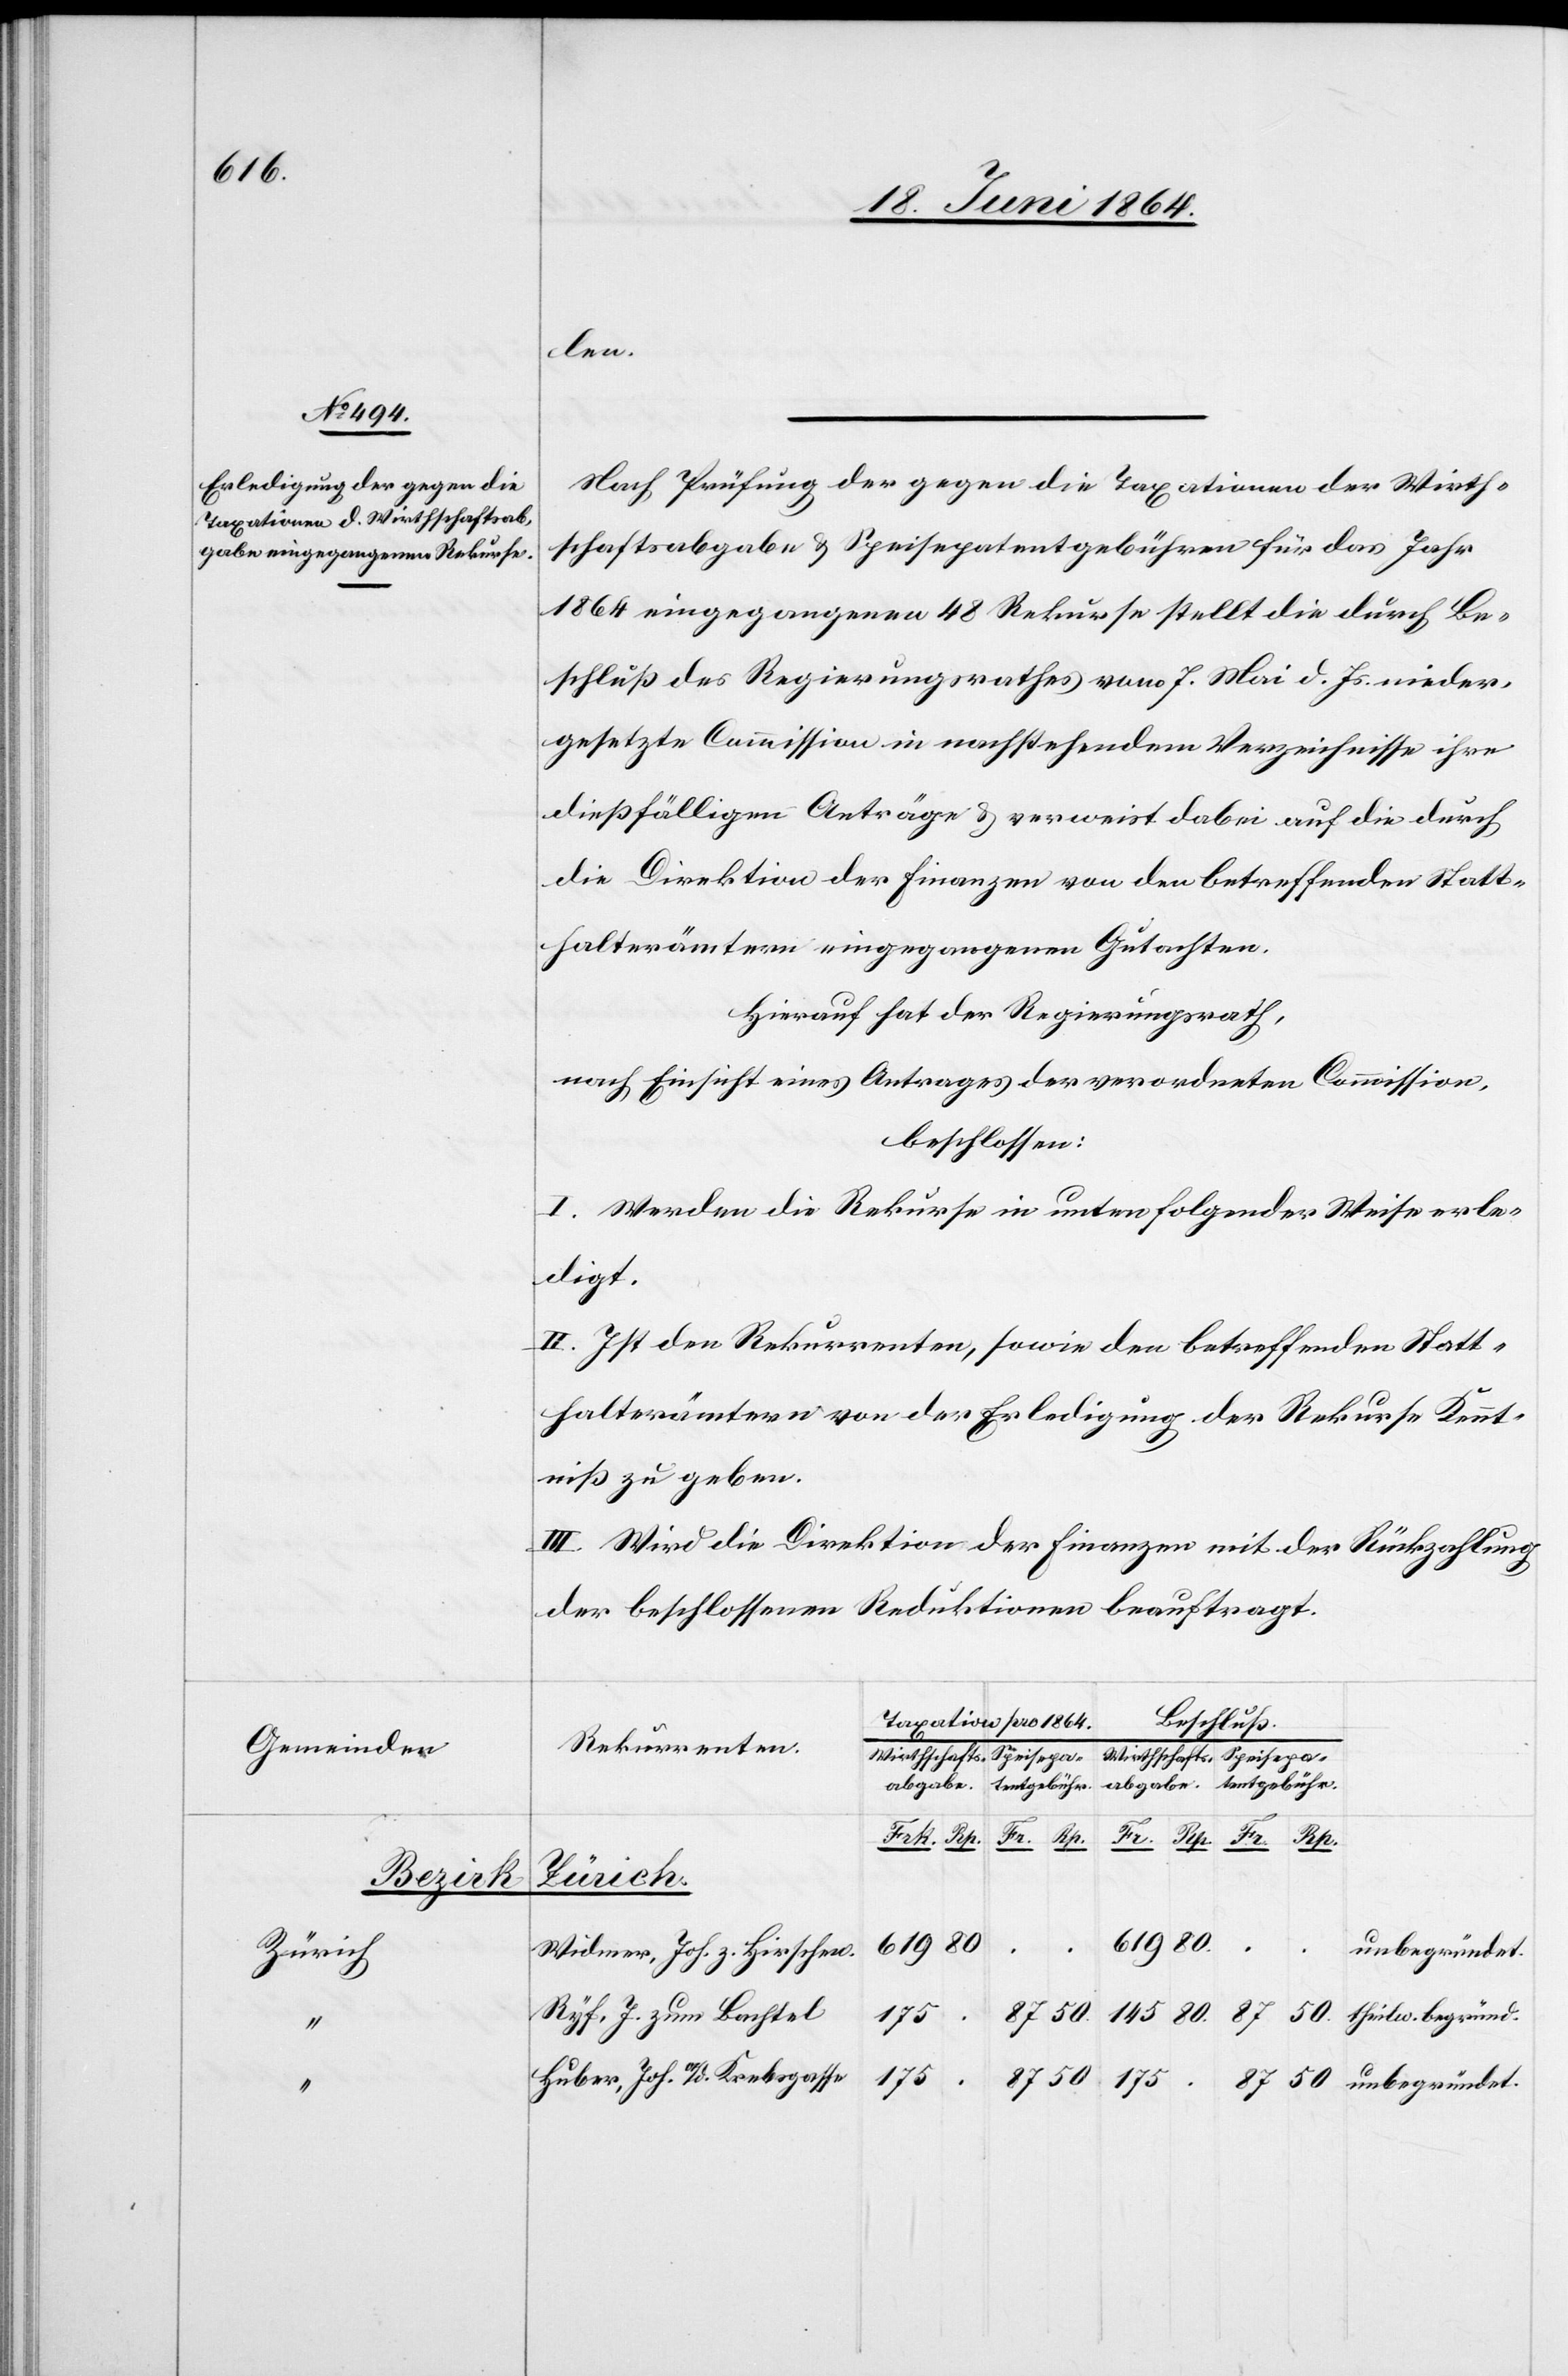
Gemeinden
Bezirk
Zürich

len.
Nach Prüfung der gegen die Taxationen der Wirth¬
schaftsabgabe u. Speisepatentgebühren für das Jahr
1864 eingegangenen 48 Rekurse stellt die durch Be¬
schluß des Regierungsrathes vom 7. Mai d. Js. nieder¬
gesetzte Commission in nachstehendem Verzeichnisse ihre
dießfälligen Anträge u. verweist dabei auf die durch
die Direktion der Finanzen von den betreffenden Statt¬
halterämtern eingegangenen Gutachten.
Hierauf hat der Regierungsrath,
nach Einsicht eines Antrages der verordneten Commission,
beschlossen:
I. Werden die Rekurse in unten folgender Weise erle¬
digt.
II. Ist den Rekurrenten, sowie den betreffenden Statt¬
halterämtern von der Erledigung der Rekurse Kennt¬
niß zu geben.
III. Wird die Direktion der Finanzen mit der Rückzahlung
der beschlossenen Reduktionen beauftragt.
Taxation pro 1864.
Beschluß.
Rekurrenten.
Wirthschafts-a¬
50.
begründet
entgebühr
Rp.
.
unbegründet.
Widmer, Joh. z. Hirschen.
Ryf, J. zum Bachtel
175
Huber, Joh. a/d. Krebsgasse
175